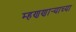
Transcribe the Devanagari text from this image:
म्हणणार्‍याच्या